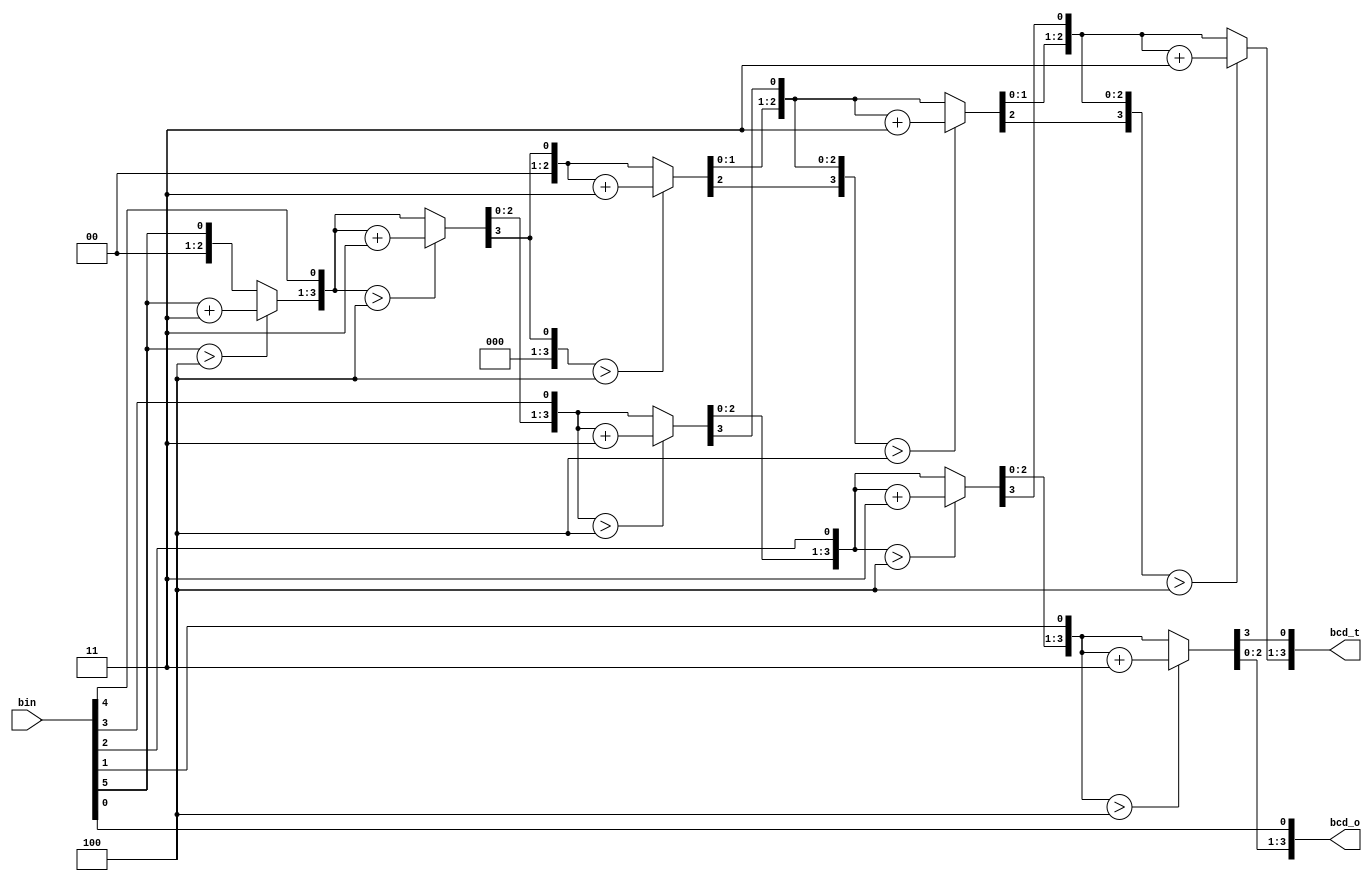
`timescale 1ns / 1ps
//////////////////////////////////////////////////////////////////////////////////
// Company: 
// Engineer: 
// 
// Design Name: 
// Module Name: bin_to_bcd
// Project Name: 
// Target Devices: 
// Tool Versions: 
// Description: 
// 
// Dependencies: 
// 
// Revision:
// Revision 0.01 - File Created
// Additional Comments:
// 
//////////////////////////////////////////////////////////////////////////////////
//By Vedant A Sontake(B20EE095)
//Lab-4-Work 2: Write a Program to implement a a) Binary Multiplier (3 bit X 3 bit)

module bin_to_bcd(bin,bcd_t,bcd_o);
input [5:0]bin;
output [3:0]bcd_t,bcd_o;
reg [7:0]bcd;
reg [3:0]i;
//implements an algorithm for binary to bcd conversion
always @(bin)
begin
    bcd = 0;
    for (i = 0; i < 6; i = i+1)
    begin
        bcd = {bcd[7:0],bin[5-i]};
        if(i < 5 && bcd[3:0] > 4)
        bcd[3:0] = bcd[3:0] + 3;
        if(i < 5 && bcd[7:4] > 4)
        bcd[7:4] = bcd[7:4] + 3;
    end
end
assign bcd_t = bcd[7:4],        //splitting the bcd result into 2 parts
bcd_o = bcd[3:0];               
endmodule